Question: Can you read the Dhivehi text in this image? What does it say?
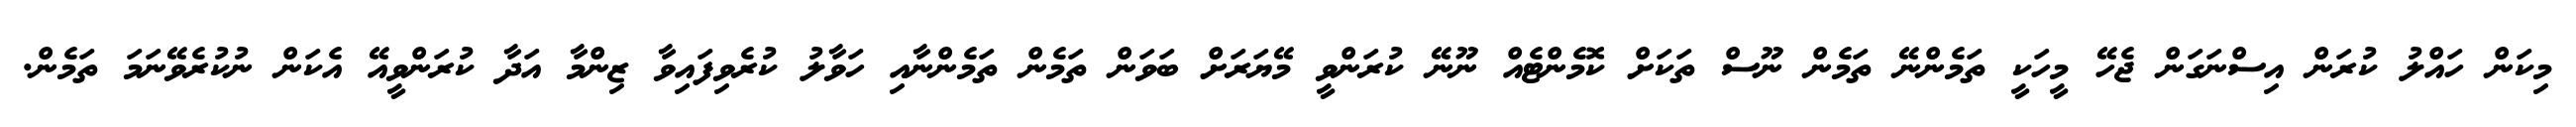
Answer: މިކަން ހައްލު ކުރަން އިސްނަގަން ޖެހޭ މީހަކީ ތަމެންނޭ ތަމެން ނޫސް ތަކަށް ކޮމެންޓެއް ނޫނޭ ކުރަންވީ މޭޔަރަށް ބަވަން ތަމެން ތަމެންނާއި ހަވާލު ކުރެވިފައިވާ ޒިންމާ އަދާ ކުރަންވީއޭ އެކަން ނުކުރެވޭނަމަ ތަމެން.